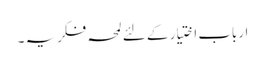
ارباب اختیار کے لئے لمحہ فکریہ ۔